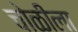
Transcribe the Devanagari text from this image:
चोळीला